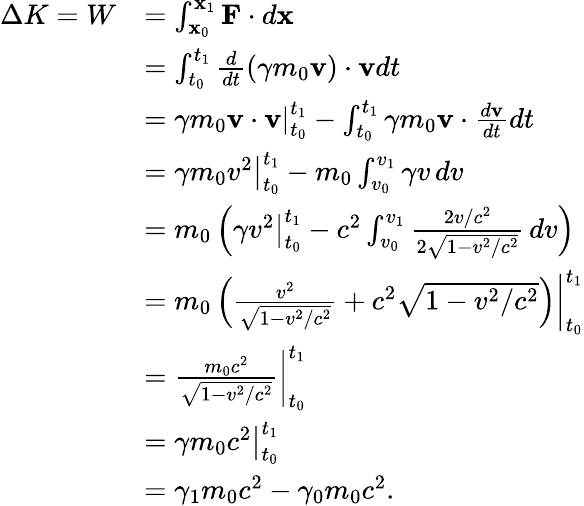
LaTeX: {\begin{array}{rl}{\Delta K=W}&{=\int_{\mathbf{x}_{0}}^{\mathbf{x}_{1}}\mathbf{F}\cdot d\mathbf{x}}\\ &{=\int_{t_{0}}^{t_{1}}{\frac{d}{dt}}(\gamma m_{0}\mathbf{v})\cdot\mathbf{v}dt}\\ &{=\left.\gamma m_{0}\mathbf{v}\cdot\mathbf{v}\right|_{t_{0}}^{t_{1}}-\int_{t_{0}}^{t_{1}}\gamma m_{0}\mathbf{v}\cdot{\frac{d\mathbf{v}}{dt}}dt}\\ &{=\left.\gamma m_{0}v^{2}\right|_{t_{0}}^{t_{1}}-m_{0}\int_{v_{0}}^{v_{1}}\gamma v\, dv}\\ &{=m_{0}\left(\left.\gamma v^{2}\right|_{t_{0}}^{t_{1}}-c^{2}\int_{v_{0}}^{v_{1}}{\frac{2v/c^{2}}{2{\sqrt{1-v^{2}/c^{2}}}}}\, dv\right)}\\ &{=\left.m_{0}\left({\frac{v^{2}}{\sqrt{1-v^{2}/c^{2}}}}+c^{2}{\sqrt{1-v^{2}/c^{2}}}\right)\right|_{t_{0}}^{t_{1}}}\\ &{=\left.{\frac{m_{0}c^{2}}{\sqrt{1-v^{2}/c^{2}}}}\right|_{t_{0}}^{t_{1}}}\\ &{=\left.{\gamma m_{0}c^{2}}\right|_{t_{0}}^{t_{1}}}\\ &{=\gamma_{1}m_{0}c^{2}-\gamma_{0}m_{0}c^{2}.}\end{array}}